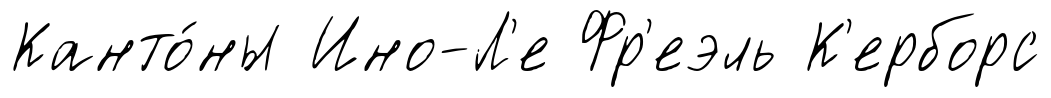
Канто́ны Ино-Л'е Фр'еэль К'ерборс